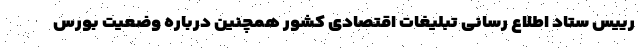
رییس ستاد اطلاع رسانی تبلیغات اقتصادی کشور همچنین درباره وضعیت بورس